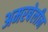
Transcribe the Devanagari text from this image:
अमरबेलीन